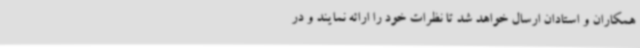
همکاران و استادان ارسال خواهد شد تا نظرات خود را ارائه نمایند و در